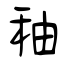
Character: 秞